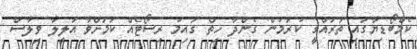
ކެމްބޯޑިޔާގައި ތަރައްގީ ކުރަމުން ގެންދާ ހިތް ގައިމު ރިސޯޓެއް ކަމަށްވާ އަލީލާ ވިލާސް